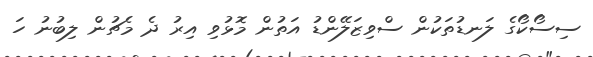
ސިސޯކޯގެ ލަނޑުތަކުން ސްވިޒަލޭންޑު އަތުން މޮޅުވި އިރު ދެ މެޗުން ލިބުނު ހަ